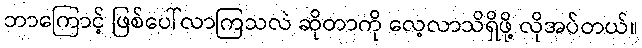
ဘာကြောင့် ဖြစ်ပေါ်လာကြသလဲ ဆိုတာကို လေ့လာသိရှိဖို့ လိုအပ်တယ်။